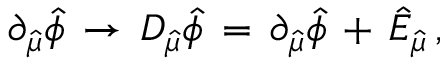
\partial _ { \hat { \mu } } \hat { \phi } \, \rightarrow \, { \cal D } _ { \hat { \mu } } \hat { \phi } \, = \, \partial _ { \hat { \mu } } \hat { \phi } \, + \, \hat { \cal E } _ { \hat { \mu } } \, ,